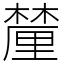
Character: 𨤳